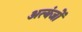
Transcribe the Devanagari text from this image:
अत्यंजों